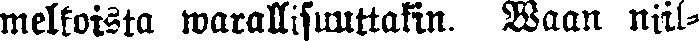
melkoista warallisuuttakin. Waan niil-